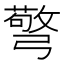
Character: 𢐧